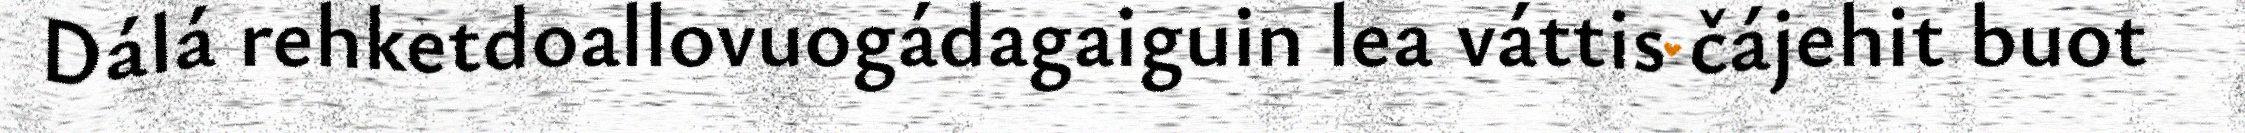
Dálá rehketdoallovuogádagaiguin lea váttis čájehit buot